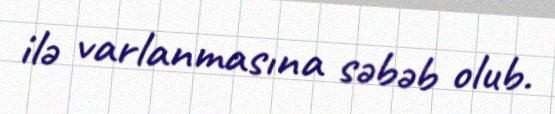
ilə varlanmasına səbəb olub.